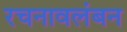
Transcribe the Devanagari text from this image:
रचनावलंबन